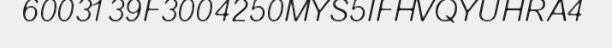
6003139F3004250MYS5IFHVQYUHRA4